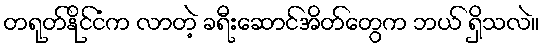
တရုတ်နိုင်ငံက လာတဲ့ ခရီးဆောင်အိတ်တွေက ဘယ် ရှိသလဲ။